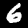
Digit: 6